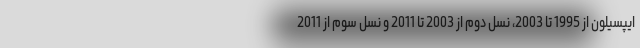
ایپسیلون از 1995 تا 2003، نسل دوم از 2003 تا 2011 و نسل سوم از 2011